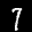
Label: 7